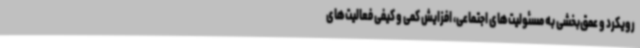
رویکرد و عمق‌بخشی به مسئولیت‌های اجتماعی، افزایش کمی و کیفی فعالیت‌های